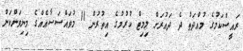
ރައީސްކަމުގެ މުއްދަތު ދެ ދައުރަށް ލިމިޓް ކުރުމުގެ އިތުރުން 11 މުވައްސަސާއެއްގެ މިނިވަންކަން